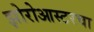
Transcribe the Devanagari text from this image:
झोरोआस्टरचा